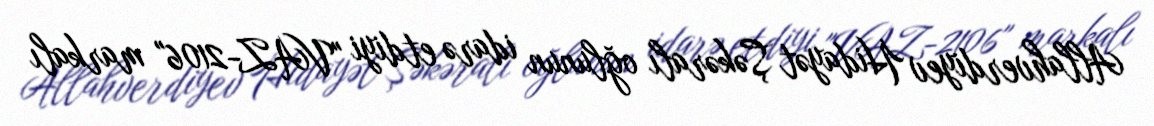
Allahverdiyev Hidayət Şəkəralı oğlunun idarə etdiyi "VAZ-2106" markalı